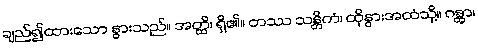
ချည်၍ထားသော နွားသည်။ အတ္ထိ၊ ရှိ၏။ တဿ သန္တိကံ၊ ထိုနွားအထံသို့။ ဂန္တွာ၊